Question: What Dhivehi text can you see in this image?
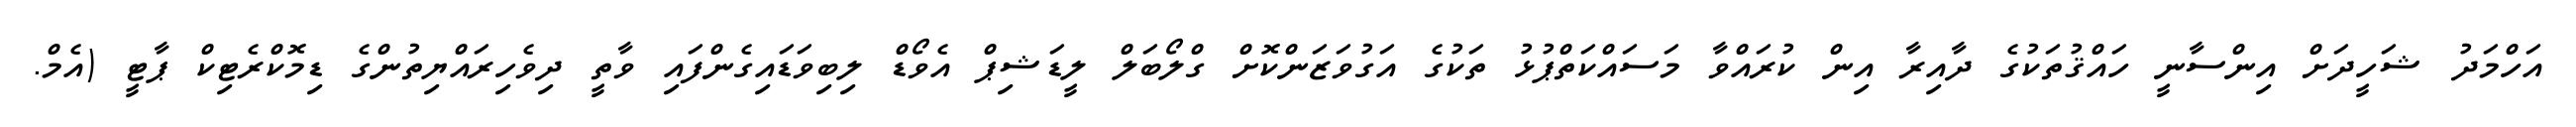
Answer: އަހްމަދު ޝަހީދަށް އިންސާނީ ހައްޤުތަކުގެ ދާއިރާ އިން ކުރައްވާ މަސައްކަތްޕުޅު ތަކުގެ އަގުވަޒަންކޮށް ގްލޯބަލް ލީޑަޝިޕް އެވޯޑް ލިބިވަޑައިގެންފައި ވާތީ ދިވެހިރައްޔިތުންގެ ޑިމޮކްރެޓިކް ޕާޓީ (އެމް.